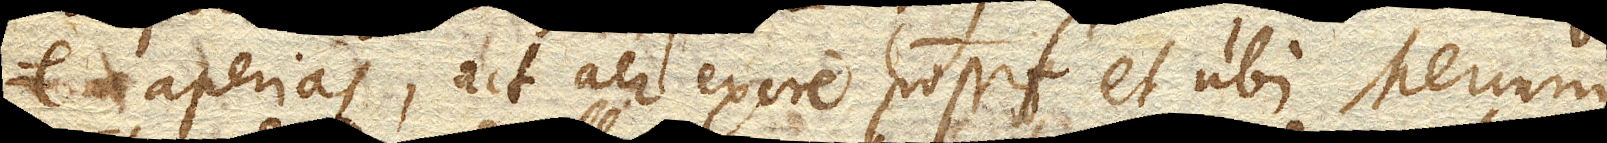
e. aperias, ut aer exire possit, et ubi Mercurius